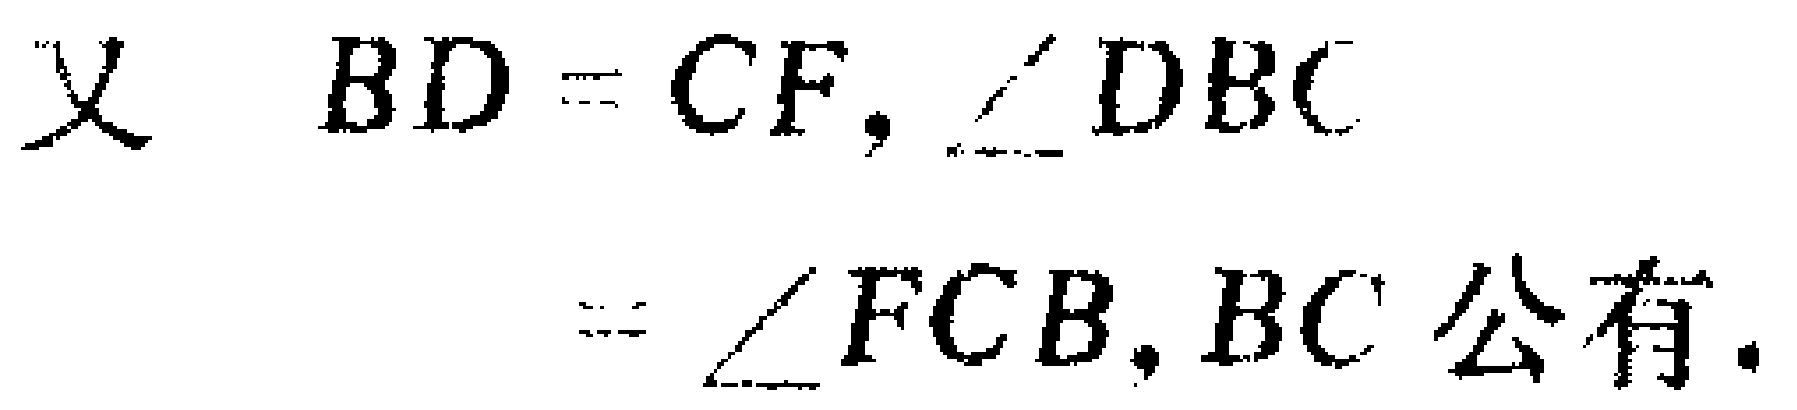
又 \(BD = CF,\angle DBC\)

\(=\angle FCB,BC\) 公有.